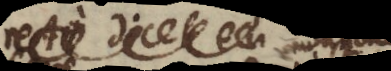
recte dicet eu non